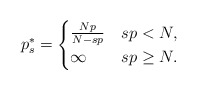
\begin{align*}p_s^*=\begin{cases}\frac{Np}{N-sp} & sp<N,\\\infty & sp\geq N.\end{cases}\end{align*}